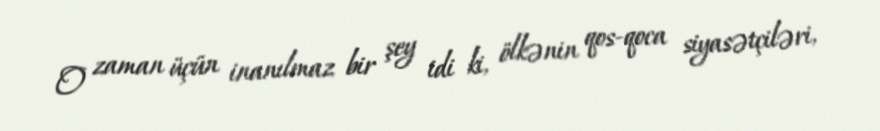
O zaman üçün inanılmaz bir şey idi ki, ölkənin qos-qoca siyasətçiləri,